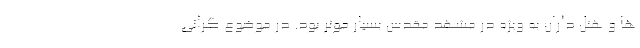
ها و هتل داران به ویژه در مشهد مقدس بسیار موثر بود. در موضوع گرانی